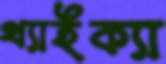
থ্যাইক্যা